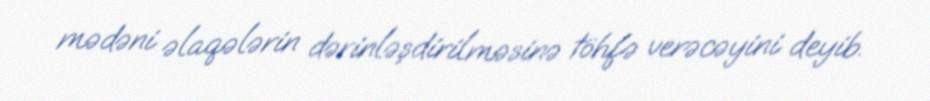
mədəni əlaqələrin dərinləşdirilməsinə töhfə verəcəyini deyib.